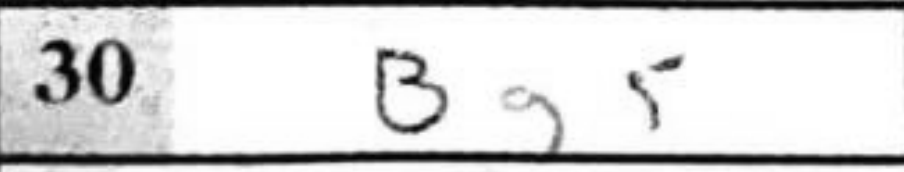
Transcription: Bg5